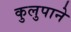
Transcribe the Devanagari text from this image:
कुलुपाने